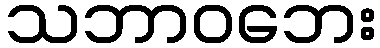
သဘာဝဘေး